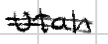
Text: Utah
Cross-out: double-line
Writing tool: digital_black